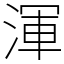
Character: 渾